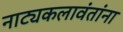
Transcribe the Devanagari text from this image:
नाट्यकलावंतांना